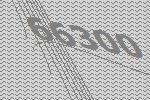
66300